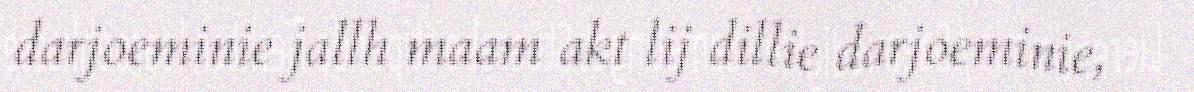
darjoeminie jallh maam akt lij dillie darjoeminie,